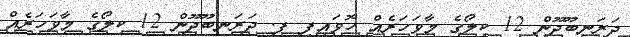
ދަރަނބޫދޫން 12 ކިލޯގެ މާވަހަރެއް ހޮވައިފި ފ. ދަރަނބޫދޫން 12 ކިލޯގެ މާވަހަރެއް